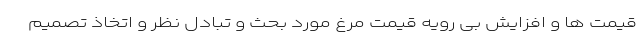
قیمت ها و افزایش بی رویه قیمت مرغ مورد بحث و تبادل نظر و اتخاذ تصمیم